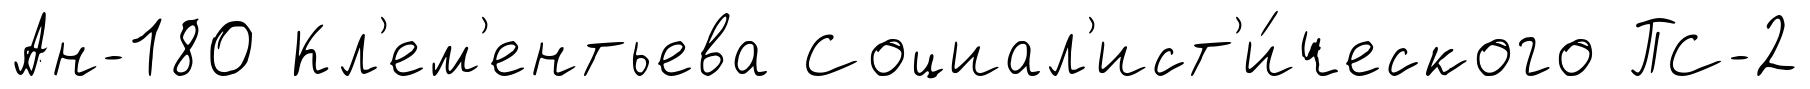
Ан-180 Кл'ем'ентьева Социал'ист'и́ческого ПС-2